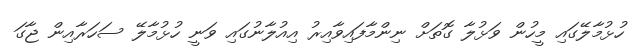
ހުޅުމާލޭގައި މީހުން ވަޅުލާ ގޮތަށް ނިންމާފައިވާއިރު އިއުލާނުގައި ވަނީ ހުޅުމާލޭ ސަހަރާއިން ޖާގަ